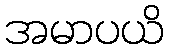
အမာပယိ